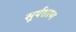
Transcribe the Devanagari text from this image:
सूर्यशरण